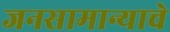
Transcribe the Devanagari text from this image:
जनसामान्याचे